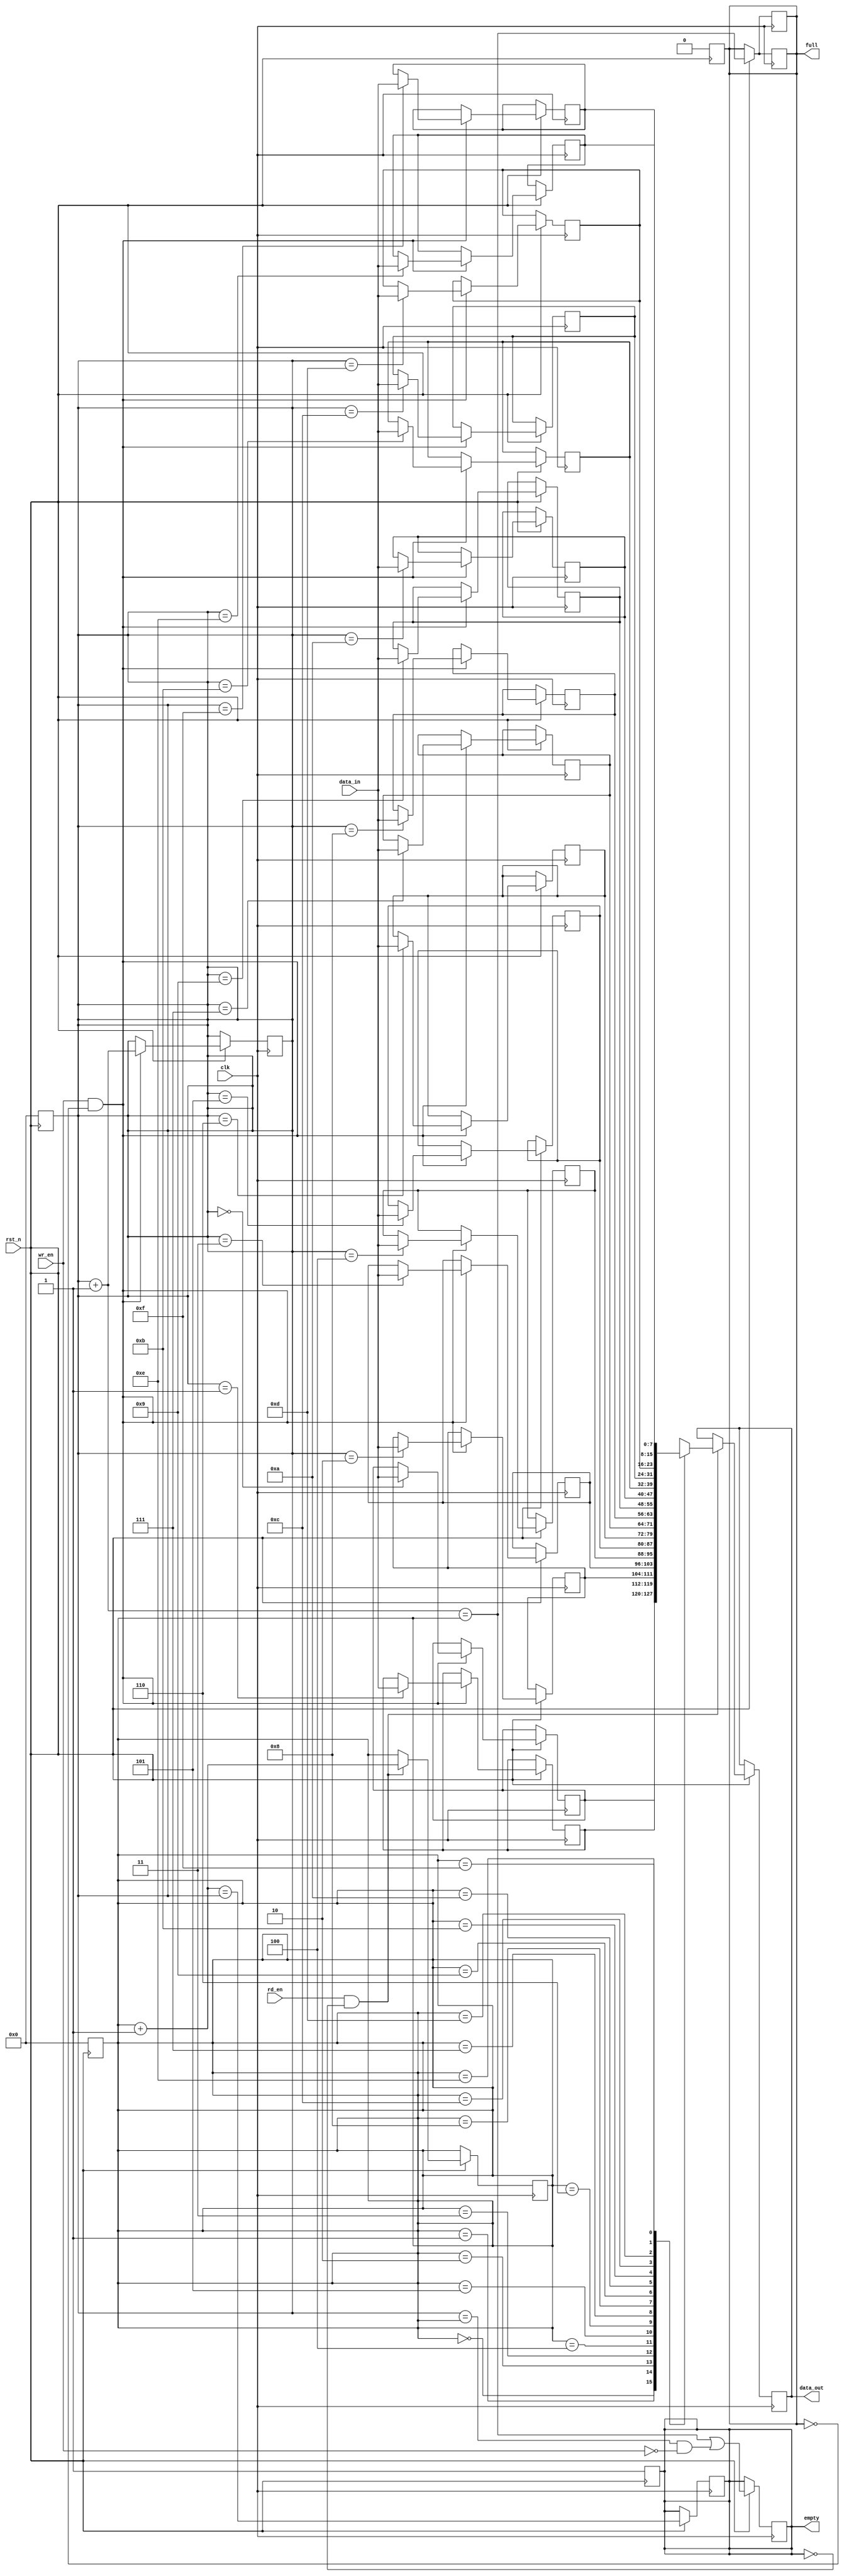
module fifo_sram #(
    parameter DEPTH = 16,    // Configurable depth
    parameter WIDTH = 8       // Configurable width
)(
    input                  clk,           // Clock for synchronous operations (not used in async)
    input                  rst_n,         // Active low reset
    input                  wr_en,         // Write enable
    input                  rd_en,         // Read enable
    input [WIDTH-1:0]     data_in,       // Data input
    output reg [WIDTH-1:0] data_out,      // Data output
    output reg            full,           // FIFO full flag
    output reg            empty           // FIFO empty flag
);

    // Memory array to represent the FIFO storage
    reg [WIDTH-1:0] fifo_mem [0:DEPTH-1];

    // Write and Read pointers
    reg [clog2(DEPTH)-1:0] wr_ptr;
    reg [clog2(DEPTH)-1:0] rd_ptr;
    wire [clog2(DEPTH)-1:0] wr_next;
    wire [clog2(DEPTH)-1:0] rd_next;

    // Pointer next calculations
    assign wr_next = wr_ptr + 1;
    assign rd_next = rd_ptr + 1;

    // Initialize pointers and flags on reset
    always @(negedge rst_n) begin
        wr_ptr <= 0;
        rd_ptr <= 0;
        full <= 0;
        empty <= 1;
    end

    // FIFO Write Operation
    always @(posedge clk or negedge rst_n) begin
        if (!rst_n) begin
            // reset logic handled above
        end else begin
            if (wr_en && !full) begin
                fifo_mem[wr_ptr] <= data_in; // Write data
                wr_ptr <= wr_next;            // Increment write pointer
            end
            // Update full condition
            full <= (wr_next == rd_ptr);    // FIFO is full if next write pointer equals read pointer
            empty <= (wr_next == rd_ptr || (wr_ptr == rd_ptr && !wr_en)); // FIFO is empty if pointers are equal
        end
    end

    // FIFO Read Operation
    always @(posedge clk or negedge rst_n) begin
        if (!rst_n) begin
            // reset logic handled above
        end else begin
            if (rd_en && !empty) begin
                data_out <= fifo_mem[rd_ptr]; // Read data
                rd_ptr <= rd_next;            // Increment read pointer
            end
            // Update empty condition
            empty <= (rd_next == wr_ptr);   // FIFO is empty if next read pointer equals write pointer
            full <= (wr_next == rd_ptr);     // Re-evaluate full condition
        end
    end

    // Function to calculate logarithm base 2
    function integer clog2;
        input integer value;
        begin
            value = value - 1;
            for (clog2 = 0; value > 0; clog2 = clog2 + 1)
                value = value >> 1;
        end
    endfunction

endmodule